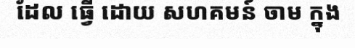
ដែល ធ្វើ ដោយ សហគមន៍ ចាម ក្នុង